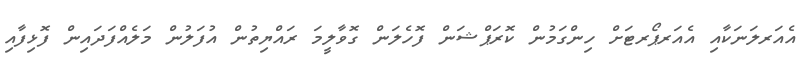
އެއަރލަނަކާއި އެއަރޕޯރޓަށް ހިންގަމުން ކޮރަޕްޝަން ފޮހެލަން ގޮވާލީމަ ރައްޔިތުން އުފަލުން މަލެއްފަދައިން ފޮޅިފާއި